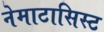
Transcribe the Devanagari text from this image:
नेमाटासिस्ट